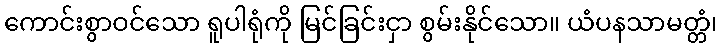
ကောင်းစွာဝင်သော ရူပါရုံကို မြင်ခြင်းငှာ စွမ်းနိုင်သော။ ယံပနသာမတ္တံ၊